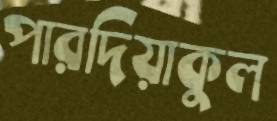
পারদিয়াকুল